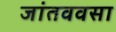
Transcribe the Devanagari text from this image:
जांतववसा